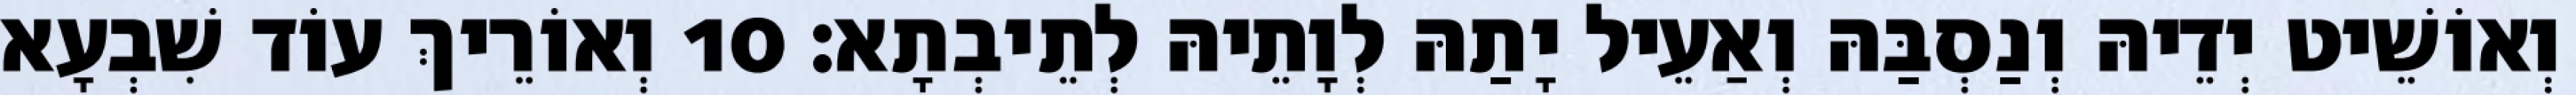
וְאוֹשֵׁיט יְדֵיהּ וְנַסְבַּהּ וְאַעֵיל יָתַהּ לְוָתֵיהּ לְתֵיבְתָא׃ 10 וְאוֹרֵיךְ עוֹד שִׁבְעָא